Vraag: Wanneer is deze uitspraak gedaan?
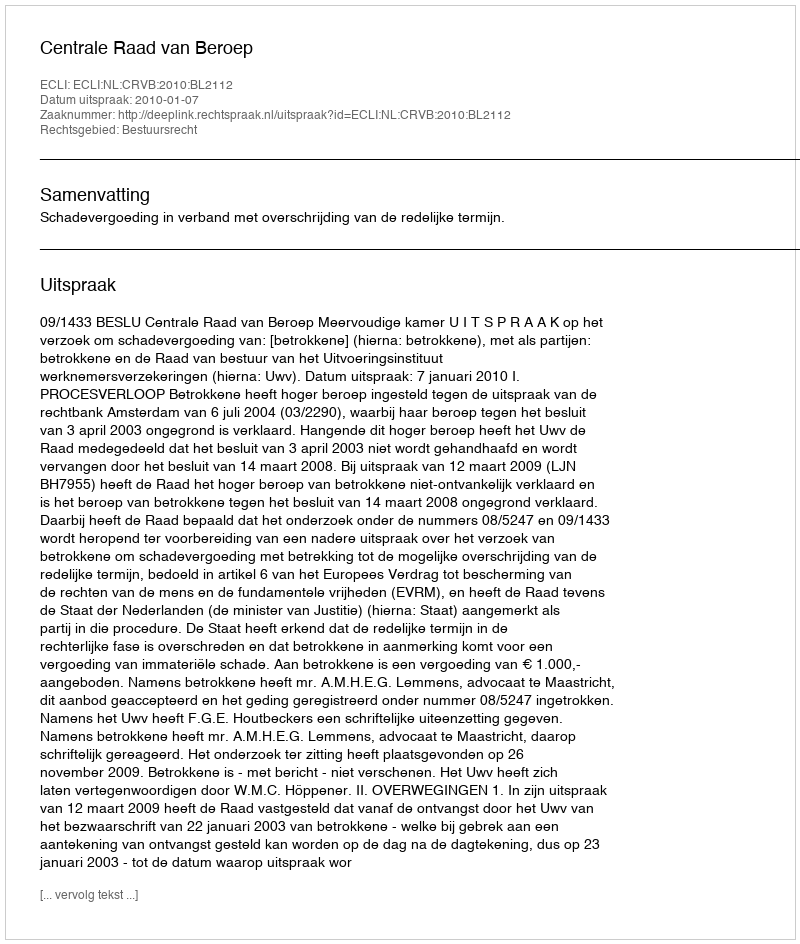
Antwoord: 2010-01-07